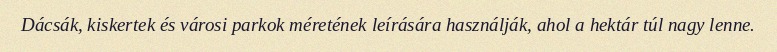
Dácsák, kiskertek és városi parkok méretének leírására használják, ahol a hektár túl nagy lenne.